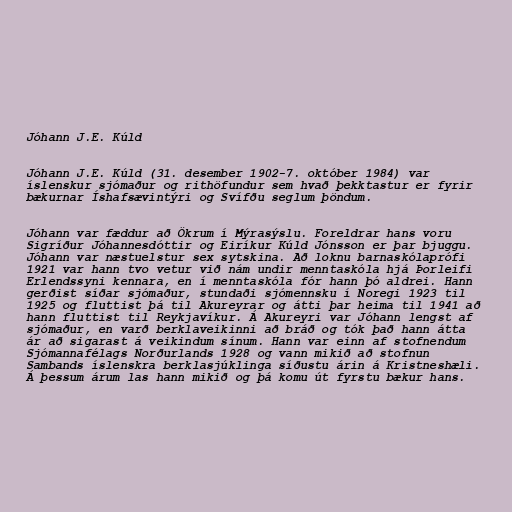
Jóhann J.E. Kúld

Jóhann J.E. Kúld (31. desember 1902-7. október 1984) var
íslenskur sjómaður og rithöfundur sem hvað þekktastur er fyrir
bækurnar Íshafsævintýri og Svífðu seglum þöndum.

Jóhann var fæddur að Ökrum í Mýrasýslu. Foreldrar hans voru
Sigríður Jóhannesdóttir og Eiríkur Kúld Jónsson er þar bjuggu.
Jóhann var næstuelstur sex sytskina. Að loknu barnaskólaprófi
1921 var hann tvo vetur við nám undir menntaskóla hjá Þorleifi
Erlendssyni kennara, en í menntaskóla fór hann þó aldrei. Hann
gerðist síðar sjómaður, stundaði sjómennsku í Noregi 1923 til
1925 og fluttist þá til Akureyrar og átti þar heima til 1941 að
hann fluttist til Reykjavíkur. Á Akureyri var Jóhann lengst af
sjómaður, en varð berklaveikinni að bráð og tók það hann átta
ár að sigarast á veikindum sínum. Hann var einn af stofnendum
Sjómannafélags Norðurlands 1928 og vann mikið að stofnun
Sambands íslenskra berklasjúklinga síðustu árin á Kristneshæli.
Á þessum árum las hann mikið og þá komu út fyrstu bækur hans.